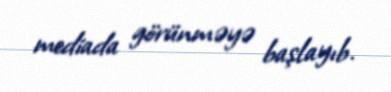
mediada görünməyə başlayıb.